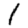
Digit: 1